Vaccination Hyderabad 1872-1889 - 1872-1889
Year: 1872
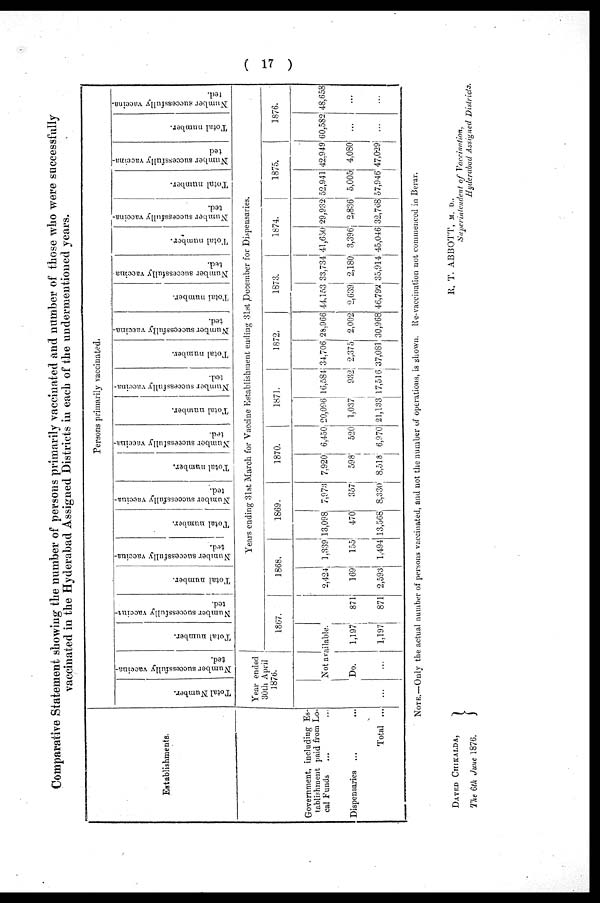
( 17 )
Comparative Statement showing the number of persons primarily vaccinated and number of those who were successfully
vaccinated in the Hyderabad Assigned Districts in each of the undermentioned years.
Establishments.
Government, including Es-
tablishment paid from Lo-
cal Funds ... ...
Dispensaries ... ...
Total ...
Persons primarily vaccinated.
Total Number.
Number successfully vaccina-
ted.
Year ended
30th April
1876.
Total number.
Number successfully vaccina¬
ted.
Total number.
Number successfully vaccina-
ted.
Total number.
Number successfully vaccina-
ted.
Total number.
Nu mb e r successfully vaccina-
ted.
Total number.
Number successfully vaccina-
ted.
Total number.
Number successfully vaccina-
ted.
Total number.
Number successfully vaccina-
ted.
Total number.
Number successfully vaccina-
ted.
Total number.
Number successfully vaccina-
ted
Total number.
Number successfully vaccina¬
ted.
Years ending 31st March for Vaccine Establishment ending 31st December for Dispensaries.
1867.
Not available.
...
Do.
...
1,197
1,197
871
871
1868.
2,424
169
2,593
1,339
155
1,494
1869.
13,098
470
13,568
7,973
357
8,330
1870.
7,920
598
8,518
6,450
520
6,970
1871.
20,096
1,037
21,133
16,584
932
17,516
1872.
34,706
2,375
37,081
28,966
2,002
30,968
1873.
44,153
2,639
46,792
33,734
2,180
35,914
1874.
41,650
3,396
45,046
29,932
2,836
32,768
1875.
52,941
5,005
57,946
42,949
4,080
47,029
1876.
60,582
...
...
48,658
...
...
NOTE.—Only the actual number of persons vaccinated, and not the number of operations, is shown. Re-vaccination not commenced in Berar.
R. T. ABBOTT, M. D.,
Superintendent of Vaccination,
Hyderabad Assigned Districts.
DATED CHIKALDA,
The 6th June 1876.